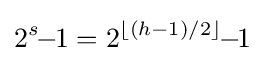
2^{s}\!\!-\!\!1=2^{\lfloor (h-1)/2\rfloor }\!\!-\!\!1